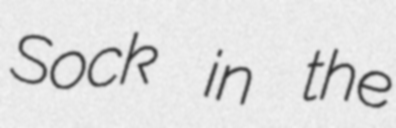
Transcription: Sock in the